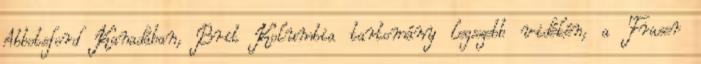
Abbotsford Kanadában, Brit Kolumbia tartomány legszebb vidékén, a Fraser